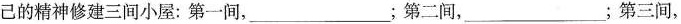
己的精神修建三间小屋：第一间，___；第二间，___；第三间，